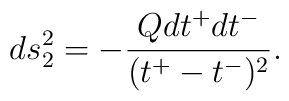
ds^2_2 = - \frac{Qdt^+dt^-}{(t^+ - t^-)^2}.